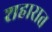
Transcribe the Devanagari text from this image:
शहारात